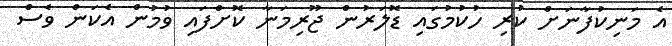
އެ މަނިކުފާނަށް ކުރި ހުކުމުގައި ޑޮލަރުން ޖޫރިމަނާ ކޮށްފައި ވުމުން އެކަން ވެސް